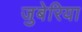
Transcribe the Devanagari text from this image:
जुबेरिया